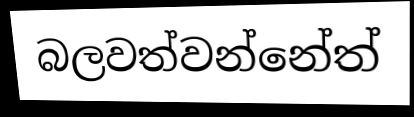
බලවත්වන්නේත්